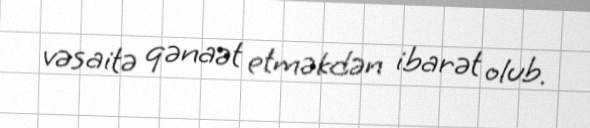
vəsaitə qənaət etməkdən ibarət olub.